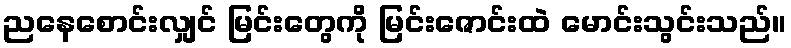
ညနေစောင်းလျှင် မြင်းတွေကို မြင်းဇောင်းထဲ မောင်းသွင်းသည်။